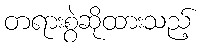
တရားစွဲဆိုထားသည့်